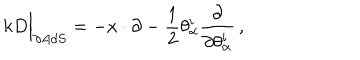
k D \Big \vert _ { \partial A d S } = - x \cdot \partial - \frac { 1 } { 2 } \theta _ { \alpha } ^ { i } \frac { \partial } { \partial \theta _ { \alpha } ^ { i } } \, ,